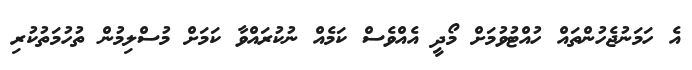
އެ ހަމަނުޖެހުންތައް ހުއްޓުވުމަށް މޯދީ އެއްވެސް ކަމެއް ނުކުރައްވާ ކަމަށް މުސްލިމުން ތުހުމަތުކުރި